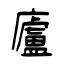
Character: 廬